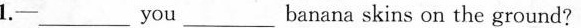
1.— ___ you ___ banana skins on the ground?